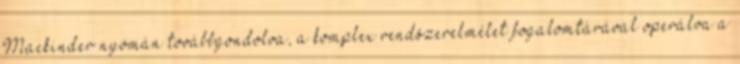
Mackinder nyomán továbbgondolva, a komplex rendszerelmélet fogalomtárával operálva a